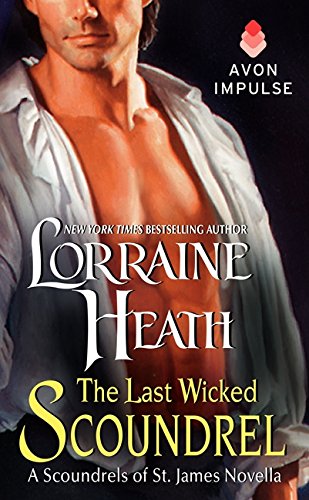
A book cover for The Last Wicked Scoundrel: A Scoundrels of St. James Novella; Lorraine Heath; Romance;